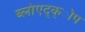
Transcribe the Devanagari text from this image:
ब्लोएद्क्ोप